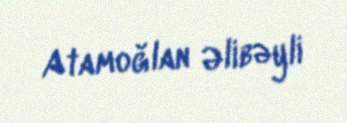
Atamoğlan Əlibəyli